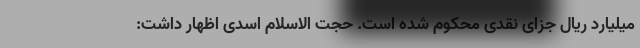
میلیارد ریال جزای نقدی محکوم شده است. حجت الاسلام اسدی اظهار داشت: